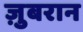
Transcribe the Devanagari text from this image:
ज़ुबरान